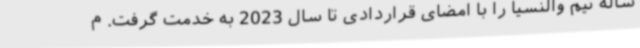
ساله تیم والنسیا را با امضای قراردادی تا سال 2023 به خدمت گرفت. م